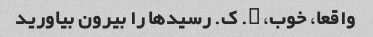
واقعا، خوب، o. ک. رسیدها را بیرون بیاورید